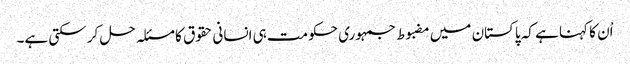
اْن کا کہنا ہے کہ پاکستان میں مضبوط جمہوری حکومت ہی انسانی حقوق کا مسئلہ حل کر سکتی ہے۔